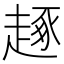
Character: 𧼙